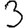
Digit: 3